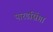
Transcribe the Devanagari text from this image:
पारडसिंगा